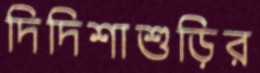
দিদিশাশুড়ির